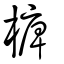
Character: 㯅